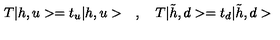
T | h , u > = t _ { u } | h , u > \quad , \quad T | \tilde { h } , d > = t _ { d } | \tilde { h } , d >